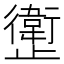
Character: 𱥊